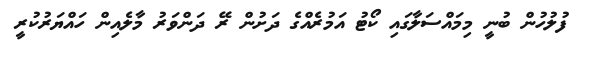
ފުލުހުން ބުނީ މިމައްސަލާގައި ކޯޓު އަމުރެއްގެ ދަށުން ރޭ ދަންވަރު މާލެއިން ހައްޔަރުކުރީ